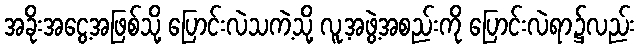
အခိုးအငွေ့အဖြစ်သို့ ပြောင်းလဲသကဲ့သို့ လူ့အဖွဲ့အစည်းကို ပြောင်းလဲရာ၌လည်း